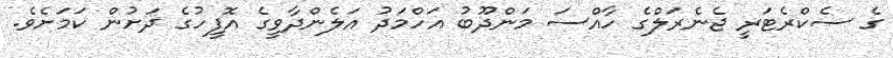
ގެ ސެކްރެޓަރީ ޖެނެރަލްގެ ހާއްސަ މަންދޫބު އަހްމަދު އަލެންދާވީގެ އޮފީހުގެ ދަށުން ކަމަށެވެ.